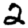
Digit: 2